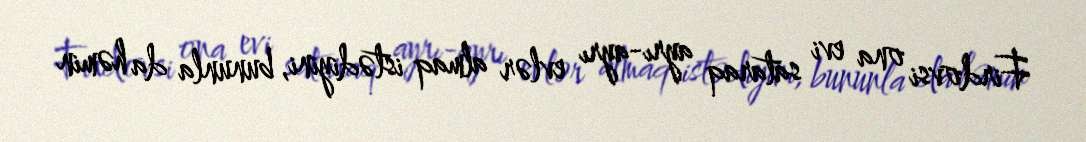
Firdovsi ona evi sataraq ayrı-ayrı evlər almaq istədiyini, bununla da həmin